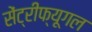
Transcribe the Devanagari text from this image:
सेंट्रीफ्यूगल